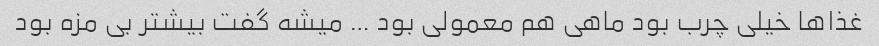
غذاها خیلی چرب بود ماهی هم معمولی بود … میشه گفت بیشتر بی مزه بود